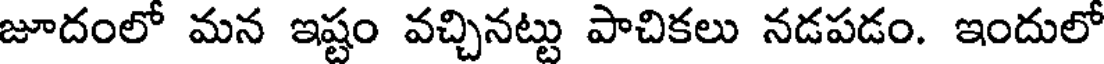
జూదంలో మన ఇష్టం వచ్చినట్టు పాచికలు నడపడం. ఇందులో